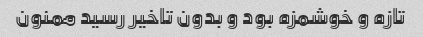
تازه و خوشمزه بود و بدون تاخیر رسید ممنون